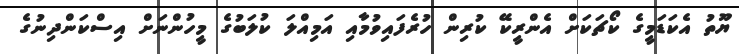
ޔޫތު އެކަޑަމީގެ ކޯޗަކަށް އެންރީކޭ ކުރިން ހުރެފައިވުމާއި އަމިއްލަ ކުލަބުގެ މީހުންނަށް އިސްކަންދިނުގެ